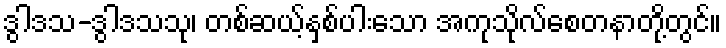
ဒွါဒသ-ဒွါဒသသု၊ တစ်ဆယ့်နှစ်ပါးသော အကုသိုလ်စေတနာတို့တွင်။